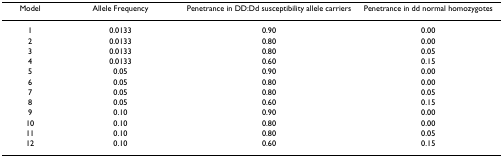
| Model | Allele Frequency | Penetrance in DD:Dd susceptibility allele carriers | Penetrance in dd normal homozygotes |
 | --- | --- | --- | --- |
 | 1 | 0.0133 | 0.90 | 0.00 |
 | 2 | 0.0133 | 0.80 | 0.00 |
 | 3 | 0.0133 | 0.80 | 0.05 |
 | 4 | 0.0133 | 0.60 | 0.15 |
 | 5 | 0.05 | 0.90 | 0.00 |
 | 6 | 0.05 | 0.80 | 0.00 |
 | 7 | 0.05 | 0.80 | 0.05 |
 | 8 | 0.05 | 0.60 | 0.15 |
 | 9 | 0.10 | 0.90 | 0.00 |
 | 10 | 0.10 | 0.80 | 0.00 |
 | 11 | 0.10 | 0.80 | 0.05 |
 | 12 | 0.10 | 0.60 | 0.15 |